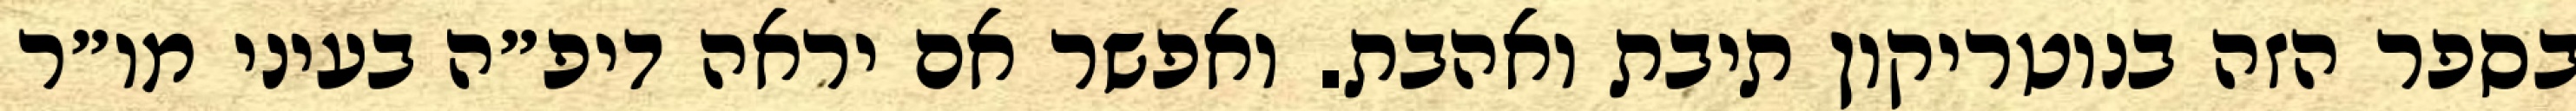
בספר הזה בנוטריקון תיבת ואהבת. ואפשר אם יראה דיפ״ה בעיני מו״ר